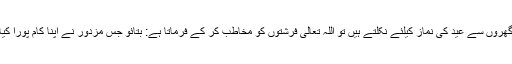
چنانچہ جب لوگ اپنے گھروں سے عید کی نماز کیلئے نکلتے ہیں تو اللہ تعالیٰ فرشتوں کو مخاطب کر کے فرماتا ہے: بتائو جس مزدور نے اپنا کام پورا کیا اس کی اُجرت کیا ہے؟